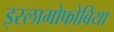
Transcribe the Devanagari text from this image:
इस्लामोफोबिया